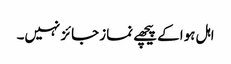
اہل ہوا کے پیچھے نماز جائز نہیں۔